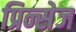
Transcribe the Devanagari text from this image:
प्रिन्सेज